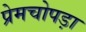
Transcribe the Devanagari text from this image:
प्रेमचोपड़ा